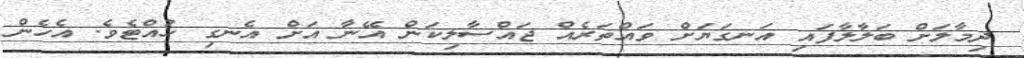
ދިމާލަށް ބަލާލާފައި އަނގަޔަށް ވައްތަރެއް ޖައްސާލިކަން އޭނާ އަށް އެނގި ހުއްޓެވެ. އެހެން